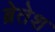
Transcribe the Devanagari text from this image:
ब्रेतेश